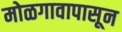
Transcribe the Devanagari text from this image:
मोळगावापासून